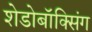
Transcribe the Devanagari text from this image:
शेडोबॉक्सिंग